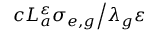
{ c L _ { a } ^ { \varepsilon } \sigma _ { e , g } \mathord { \left/ { \vphantom { c L _ { a } ^ { \varepsilon } \sigma _ { e , g } \lambda _ { g } \varepsilon } } \right. \kern - \nulldelimiterspace } \lambda _ { g } \varepsilon }